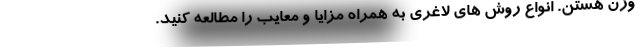
وزن هستن. انواع روش های لاغری به همراه مزایا و معایب را مطالعه کنید.